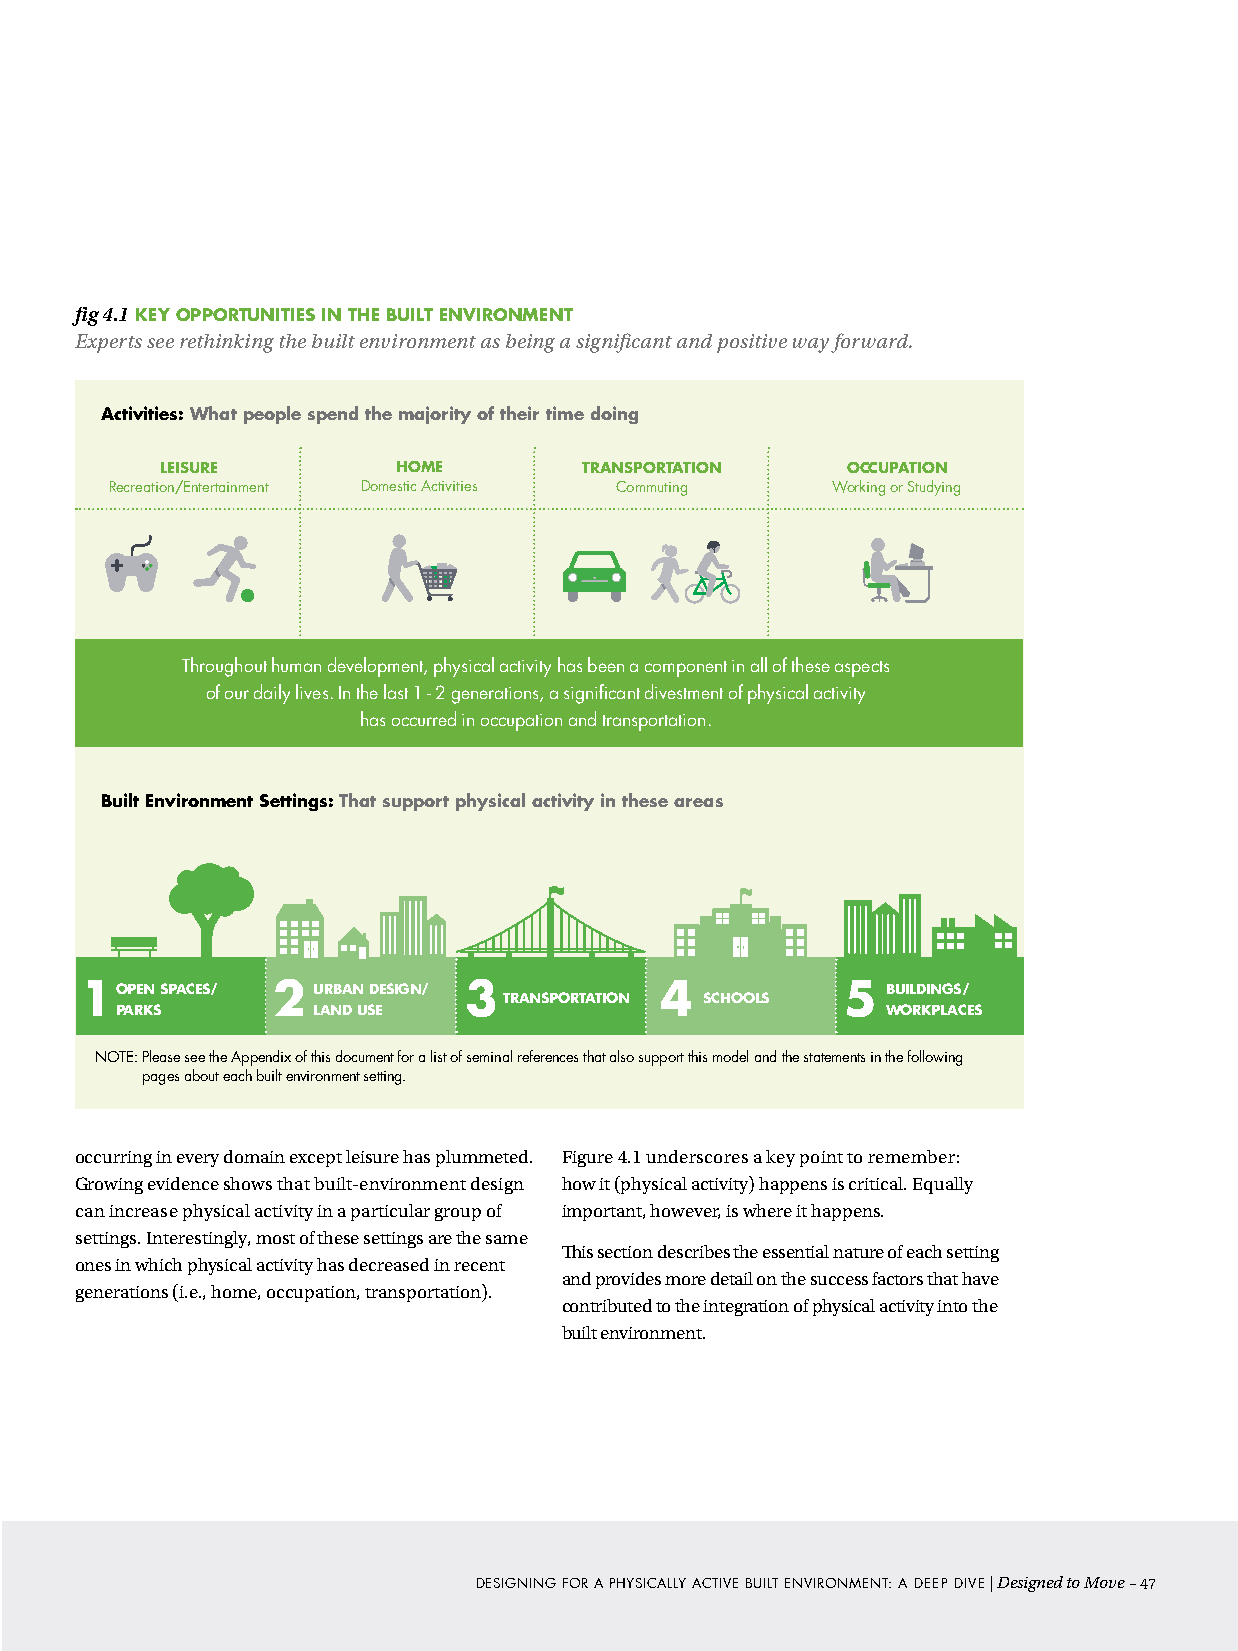
fig 4.1 kEY oPPorTUNITIES IN THE BUILT ENVIroNMENT
 Experts see rethinking the built environment as being a significant and positive way forward.
 Activities: What people spend the majority of their time doing
 LEISUrE        HoME         TrANSPorTATIoN   oCCUPATIoN
 Recreation/Entertainment Domestic Activities Commuting Working or Studying
 Throughout human development, physical activity has been a component in all of these aspects
 1OPEN SPACESo/f our da2ily liveUsR.B IAn Nth De ElSaIsGt N1/ - 2 ge3nerations, a significant div4estment of physical activ5ity BUILDINGS/              1OPEN SPACES/ 2 URBAN DESIGN/ 3        4           5  BUILDINGS/
 TRANSPORTATION SCHOOLS                                                                                                                                 TRANSPORTATION SCHOOLS
 PARKS        LAND UhSaEs occurred in occupation and transportation. WORKPLACES                                                                         PARKS        LAND USE                              WORKPLACES
 Built Environment Settings: That support physical activity in these areas
 1OPEN SPACES/ 2 URBAN DESIGN/ 3        4           5  BUILDINGS/                                                                                       1OPEN SPACES/ 2 URBAN DESIGN/ 3        4           5  BUILDINGS/
 TRANSPORTATION SCHOOLS                                                                                                                                 TRANSPORTATION SCHOOLS
 PARKS        LAND USE                              WORKPLACES                                                                                          PARKS        LAND USE                              WORKPLACES
 NOTE: Please see the Appendix of this document for a list of seminal references that also support this model and the statements in the following
 pages about each built environment setting.
 occurring in every domain except leisure has plummeted. Figure 4.1 underscores a key point to remember:
 Growing evidence shows that built-environment design how it (physical activity) happens is critical. Equally
 can increase physical activity in a particular group of important, however, is where it happens.
 settings. Interestingly, most of these settings are the same
 This section describes the essential nature of each setting
 ones in which physical activity has decreased in recent
 and provides more detail on the success factors that have
 generations (i.e., home, occupation, transportation).
 contributed to the integration of physical activity into the
 built environment.
 DESIGNING FOR A PHYSICALLY ACTIVE BUILT ENVIRONMENT: A DEEP DIVE | Designed to Move –47